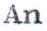
An